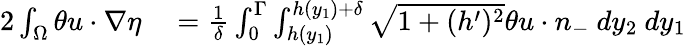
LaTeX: \begin{array}{rl}{2\int_{\Omega}\theta u\cdot\nabla\eta}&{{}=\frac{1}{\delta}\int_{0}^{\Gamma}\int_{h(y_{1})}^{h(y_{1})+\delta}\sqrt{1+(h^{\prime})^{2}}\theta u\cdot n_{-}\ dy_{2}\ dy_{1}}\end{array}